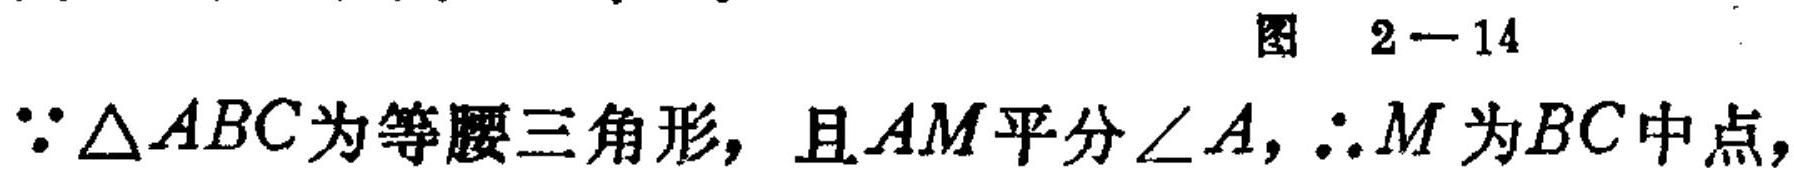
图 2 - 14
$\because\triangle ABC$为等腰三角形，且$AM$平分$\angle A$，$\therefore M$为$BC$中点，